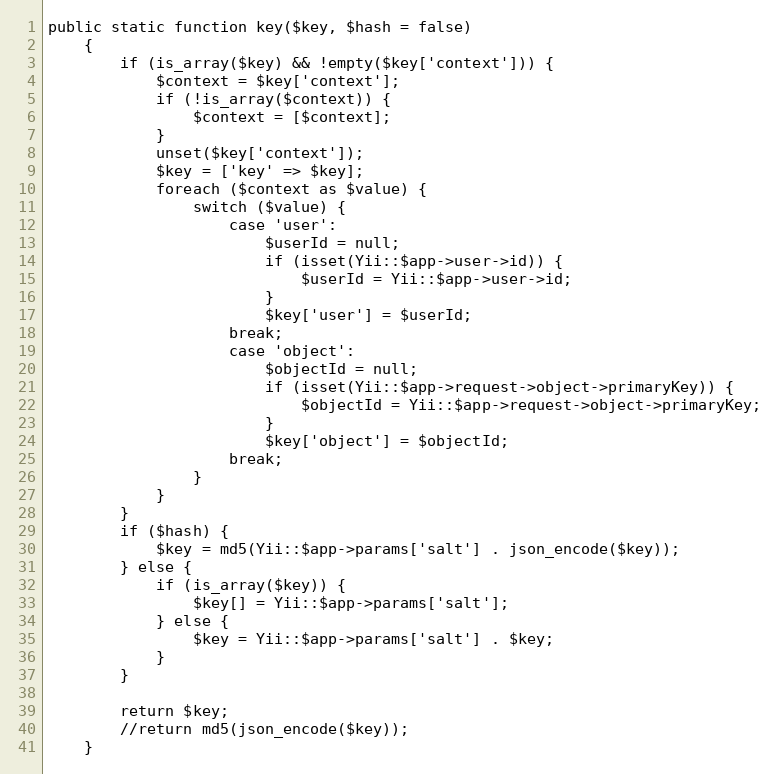
Language: PHP
public static function key($key, $hash = false)
    {
        if (is_array($key) && !empty($key['context'])) {
            $context = $key['context'];
            if (!is_array($context)) {
                $context = [$context];
            }
            unset($key['context']);
            $key = ['key' => $key];
            foreach ($context as $value) {
                switch ($value) {
                    case 'user':
                        $userId = null;
                        if (isset(Yii::$app->user->id)) {
                            $userId = Yii::$app->user->id;
                        }
                        $key['user'] = $userId;
                    break;
                    case 'object':
                        $objectId = null;
                        if (isset(Yii::$app->request->object->primaryKey)) {
                            $objectId = Yii::$app->request->object->primaryKey;
                        }
                        $key['object'] = $objectId;
                    break;
                }
            }
        }
        if ($hash) {
            $key = md5(Yii::$app->params['salt'] . json_encode($key));
        } else {
            if (is_array($key)) {
                $key[] = Yii::$app->params['salt'];
            } else {
                $key = Yii::$app->params['salt'] . $key;
            }
        }

        return $key;
        //return md5(json_encode($key));
    }